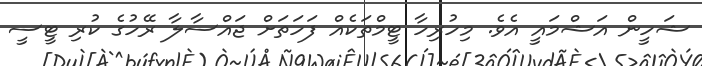
ޝަހީން އަޝްމައީ އެވެ. މިހުރިހާ ޓީމްތަކެއް ފަހަތަށް ޖައްސާލާ ރޭހުގެ ކުރި ޓީސީ